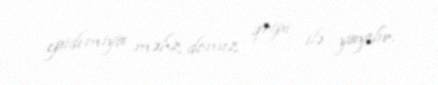
epidemiya məhz donuz qripi ilə yayılır.